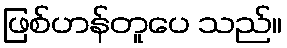
ဖြစ်ဟန်တူပေ သည်။